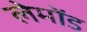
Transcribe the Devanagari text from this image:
लेमोंड